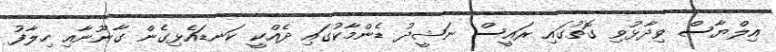
އިލްޔާސް ވިދާޅުވި ގޮތުގައި ރައީސް ނަޝީދު ޑެންމާކުގައި ދެއްކީ ކަނޑައެޅިގެން ގާނޫނާއި ހިލާފު